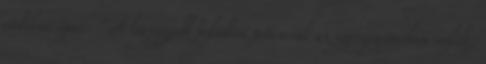
védelmi ipar. "A legnagyobb fejlődési potenciál az egészségiparban rejlik,